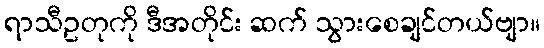
ရာသီဥတုကို ဒီအတိုင်း ဆက် သွားစေချင်တယ်ဗျာ။